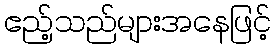
ဧည့်သည်များအနေဖြင့်